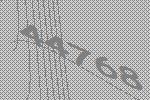
44768